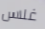
غلاس